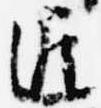
遅